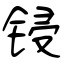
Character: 锓